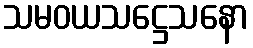
သမဝယသဋ္ဌေသနော